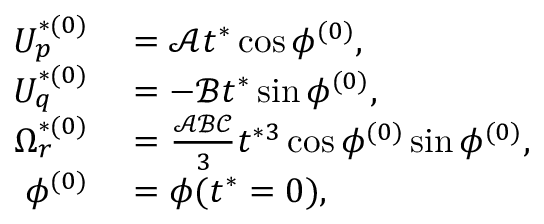
\begin{array} { r l } { U _ { p } ^ { * ( 0 ) } } & { { } = \mathcal { A } t ^ { * } \cos \phi ^ { ( 0 ) } , } \\ { U _ { q } ^ { * ( 0 ) } } & { { } = - \mathcal { B } t ^ { * } \sin \phi ^ { ( 0 ) } , } \\ { \Omega _ { r } ^ { * ( 0 ) } } & { { } = \frac { \mathcal { A } \mathcal { B } \mathcal { C } } { 3 } t ^ { * 3 } \cos \phi ^ { ( 0 ) } \sin \phi ^ { ( 0 ) } , } \\ { \phi ^ { ( 0 ) } } & { { } = \phi ( t ^ { * } = 0 ) , } \end{array}